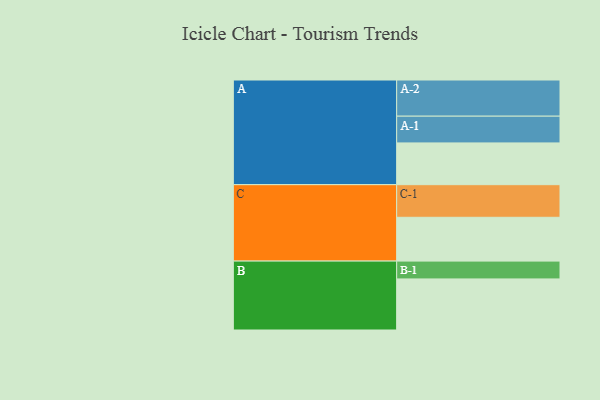
{"axis": {"x": "Segment", "y": "Value"}, "legend": ["", "A", "B", "C"], "data": [{"x": "A", "y": 328, "type": ""}, {"x": "B", "y": 401, "type": ""}, {"x": "C", "y": 344, "type": ""}, {"x": "A-1", "y": 210, "type": "A"}, {"x": "A-2", "y": 284, "type": "A"}, {"x": "B-1", "y": 140, "type": "B"}, {"x": "C-1", "y": 256, "type": "C"}]}